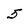
Character: 5